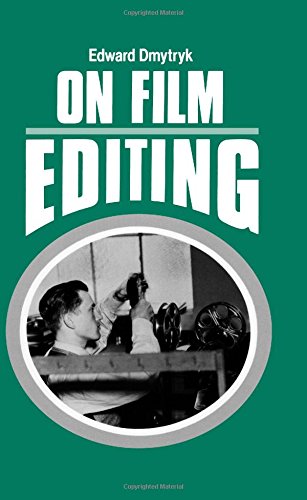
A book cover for On Film Editing: An Introduction to the Art of Film Construction; Edward Dmytryk; Humor & Entertainment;